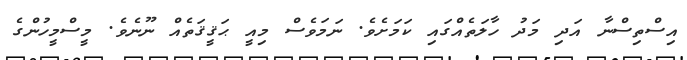
އިސްތިސްނާ އަދި މަދު ހާލަތެއްގައި ކަމަށެވެ. ނަމަވެސް މިއީ ޙަޤީޤަތެއް ނޫނެވެ. މީސްމީހުންގެ